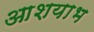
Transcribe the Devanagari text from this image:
आशयाभ